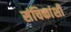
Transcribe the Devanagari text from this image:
संचिकांशी